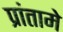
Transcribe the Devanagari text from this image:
प्रांतामे